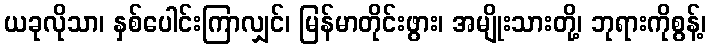
ယခုလိုသာ၊ နှစ်ပေါင်းကြာလျှင်၊ မြန်မာတိုင်းဖွား၊ အမျိုးသားတို့၊ ဘုရားကိုစွန့်၊